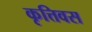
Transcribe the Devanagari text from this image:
कृत्तिवस